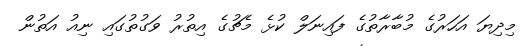
މިދިޔަ އަހަރުގެ މުބާރާތުގެ ފައިނަލް ކުޅެ މެޗުގެ އިތުރު ވަގުތުގައި ނިއު އަތުން